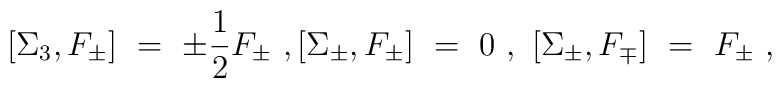
[\Sigma_3 ,F_{\pm} ]\ =\ \pm \frac{1}{2} F_{\pm} \ ,[\Sigma_{\pm} ,F_{\pm} ]\ =\ 0\ ,\ [\Sigma_{\pm} ,F_{\mp} ]\ =\ F_{\pm} \ ,